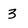
Character: 3